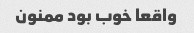
واقعا خوب بود ممنون